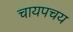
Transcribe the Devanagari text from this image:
चायपचय